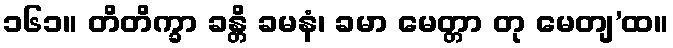
၁၆၁။ တိတိက္ခာ ခန္တိ ခမနံ၊ ခမာ မေတ္တာ တု မေတျ’ထ။